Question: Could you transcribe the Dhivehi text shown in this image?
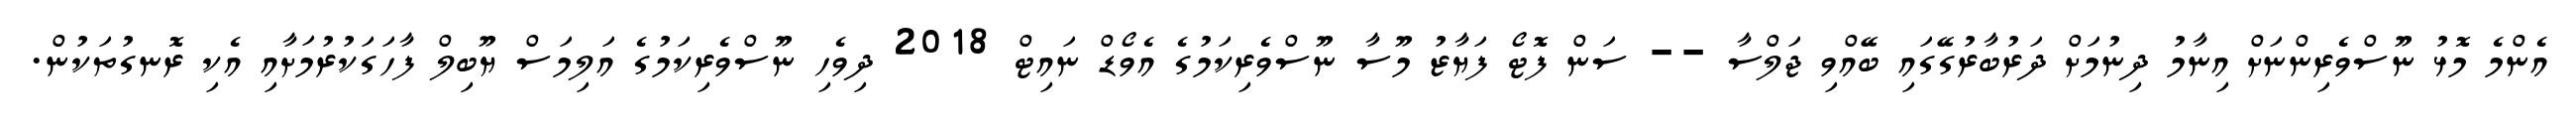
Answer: އެންމެ މޮޅު ނޫސްވެރިންނަށް އިނާމު ދިނުމަށް ދަރުބާރުގޭގައި ބޭއްވި ޖަލްސާ -- ސަން ފޮޓޯ ފަޔާޒު މޫސާ ނޫސްވެރިކަމުގެ އެވޯޑް ނައިޓް 2018 ދިވެހި ނޫސްވެރިކަމުގެ އަލިމަސް ޔޫބިލް ފާހަގަކުރުމަށާއި އެކި ރޮނގުތަކުން.